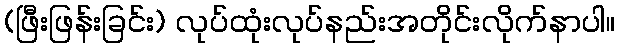
(ဖြီးဖြန်းခြင်း) လုပ်ထုံးလုပ်နည်းအတိုင်းလိုက်နာပါ။